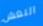
النعش